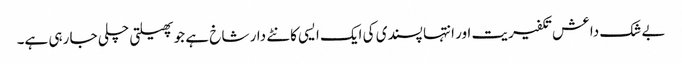
بے شک داعش تکفیریت اور انتہا پسندی کی ایک ایسی کانٹے دار شاخ ہے جو پھیلتی چلی جا رہی ہے۔